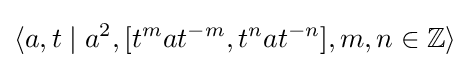
\langle a,t\mid a^{2},[t^{m}at^{-m},t^{n}at^{-n}],m,n\in \mathbb {Z} \rangle